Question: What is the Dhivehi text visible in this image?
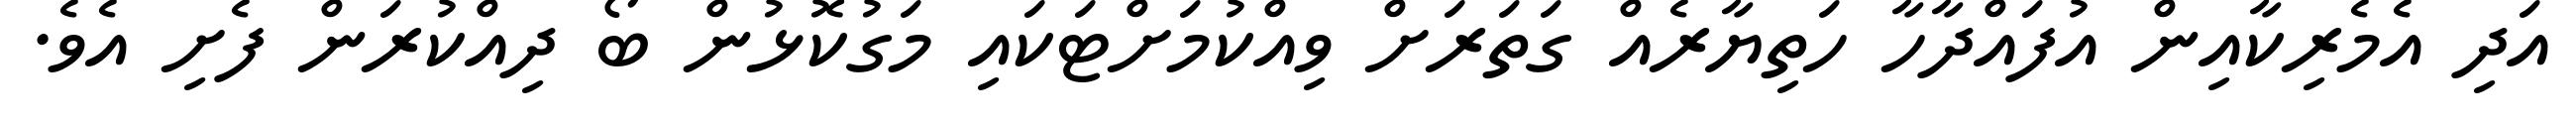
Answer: އަދި އެމެރިކާއިން އުފައްދާހާ ހަތިޔާރެއް ގަތަރަށް ވިއްކުމަށްޓަކައި މަގުކޮޅުން ބޯ ދިއްކުރަން ފެށި އެވެ.